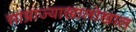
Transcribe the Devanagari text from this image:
साम्राज्याखालोखाल